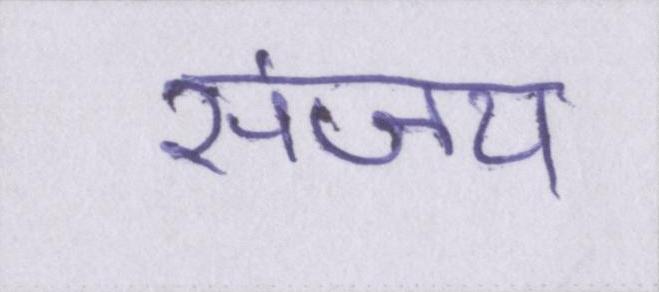
संजय